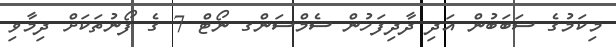
މިކަމުގެ ސަބަބުން އަދި ދާދިފަހުން ސެމްސަންގ ނޯޓް 7 ގެ ފޯނުތަކަށް ދިމާވި